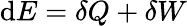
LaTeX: \mathrm{d}E=\delta Q+\delta W